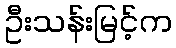
ဦးသန်းမြင့်က